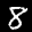
Label: 8